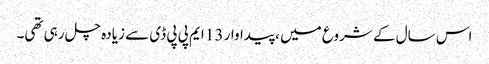
اس سال کے شروع میں ، پیداوار 13 ایم پی پی ڈی سے زیادہ چل رہی تھی۔